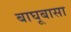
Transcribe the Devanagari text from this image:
बाघूबासा